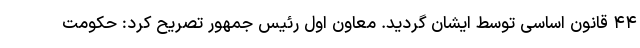
۴۴ قانون اساسی توسط ایشان گردید. معاون اول رئیس جمهور تصریح کرد: حکومت